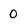
Character: 0